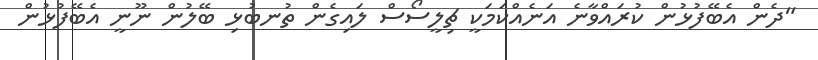
"ދެން އެބޭފުޅުން ކުރައްވާނެ އަނެއްކަމަކީ ޗިލީސޯސް ލައިގެން ތުނބުޅި ބޭލުން ނޫނީ އެބޭފުޅުން